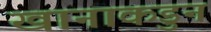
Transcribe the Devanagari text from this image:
खानाकडुन